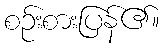
စဉ်းစားပြန်၏။